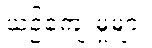
ယဉ်ကျေးမှုများ